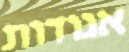
אגודות